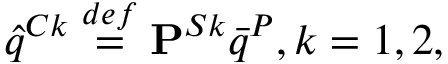
\hat { q } ^ { C k } \overset { d e f } { = } \mathbf { P } ^ { S k } \bar { q } ^ { P } , k = 1 , 2 ,